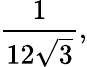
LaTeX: {\frac{1}{12{\sqrt{3}}}},